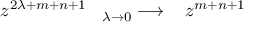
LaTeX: z ^ { 2 \lambda + m + n + 1 } \; \; \; { } _ { \lambda \rightarrow 0 } \longrightarrow \; \; \; z ^ { m + n + 1 }